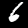
Digit: 6